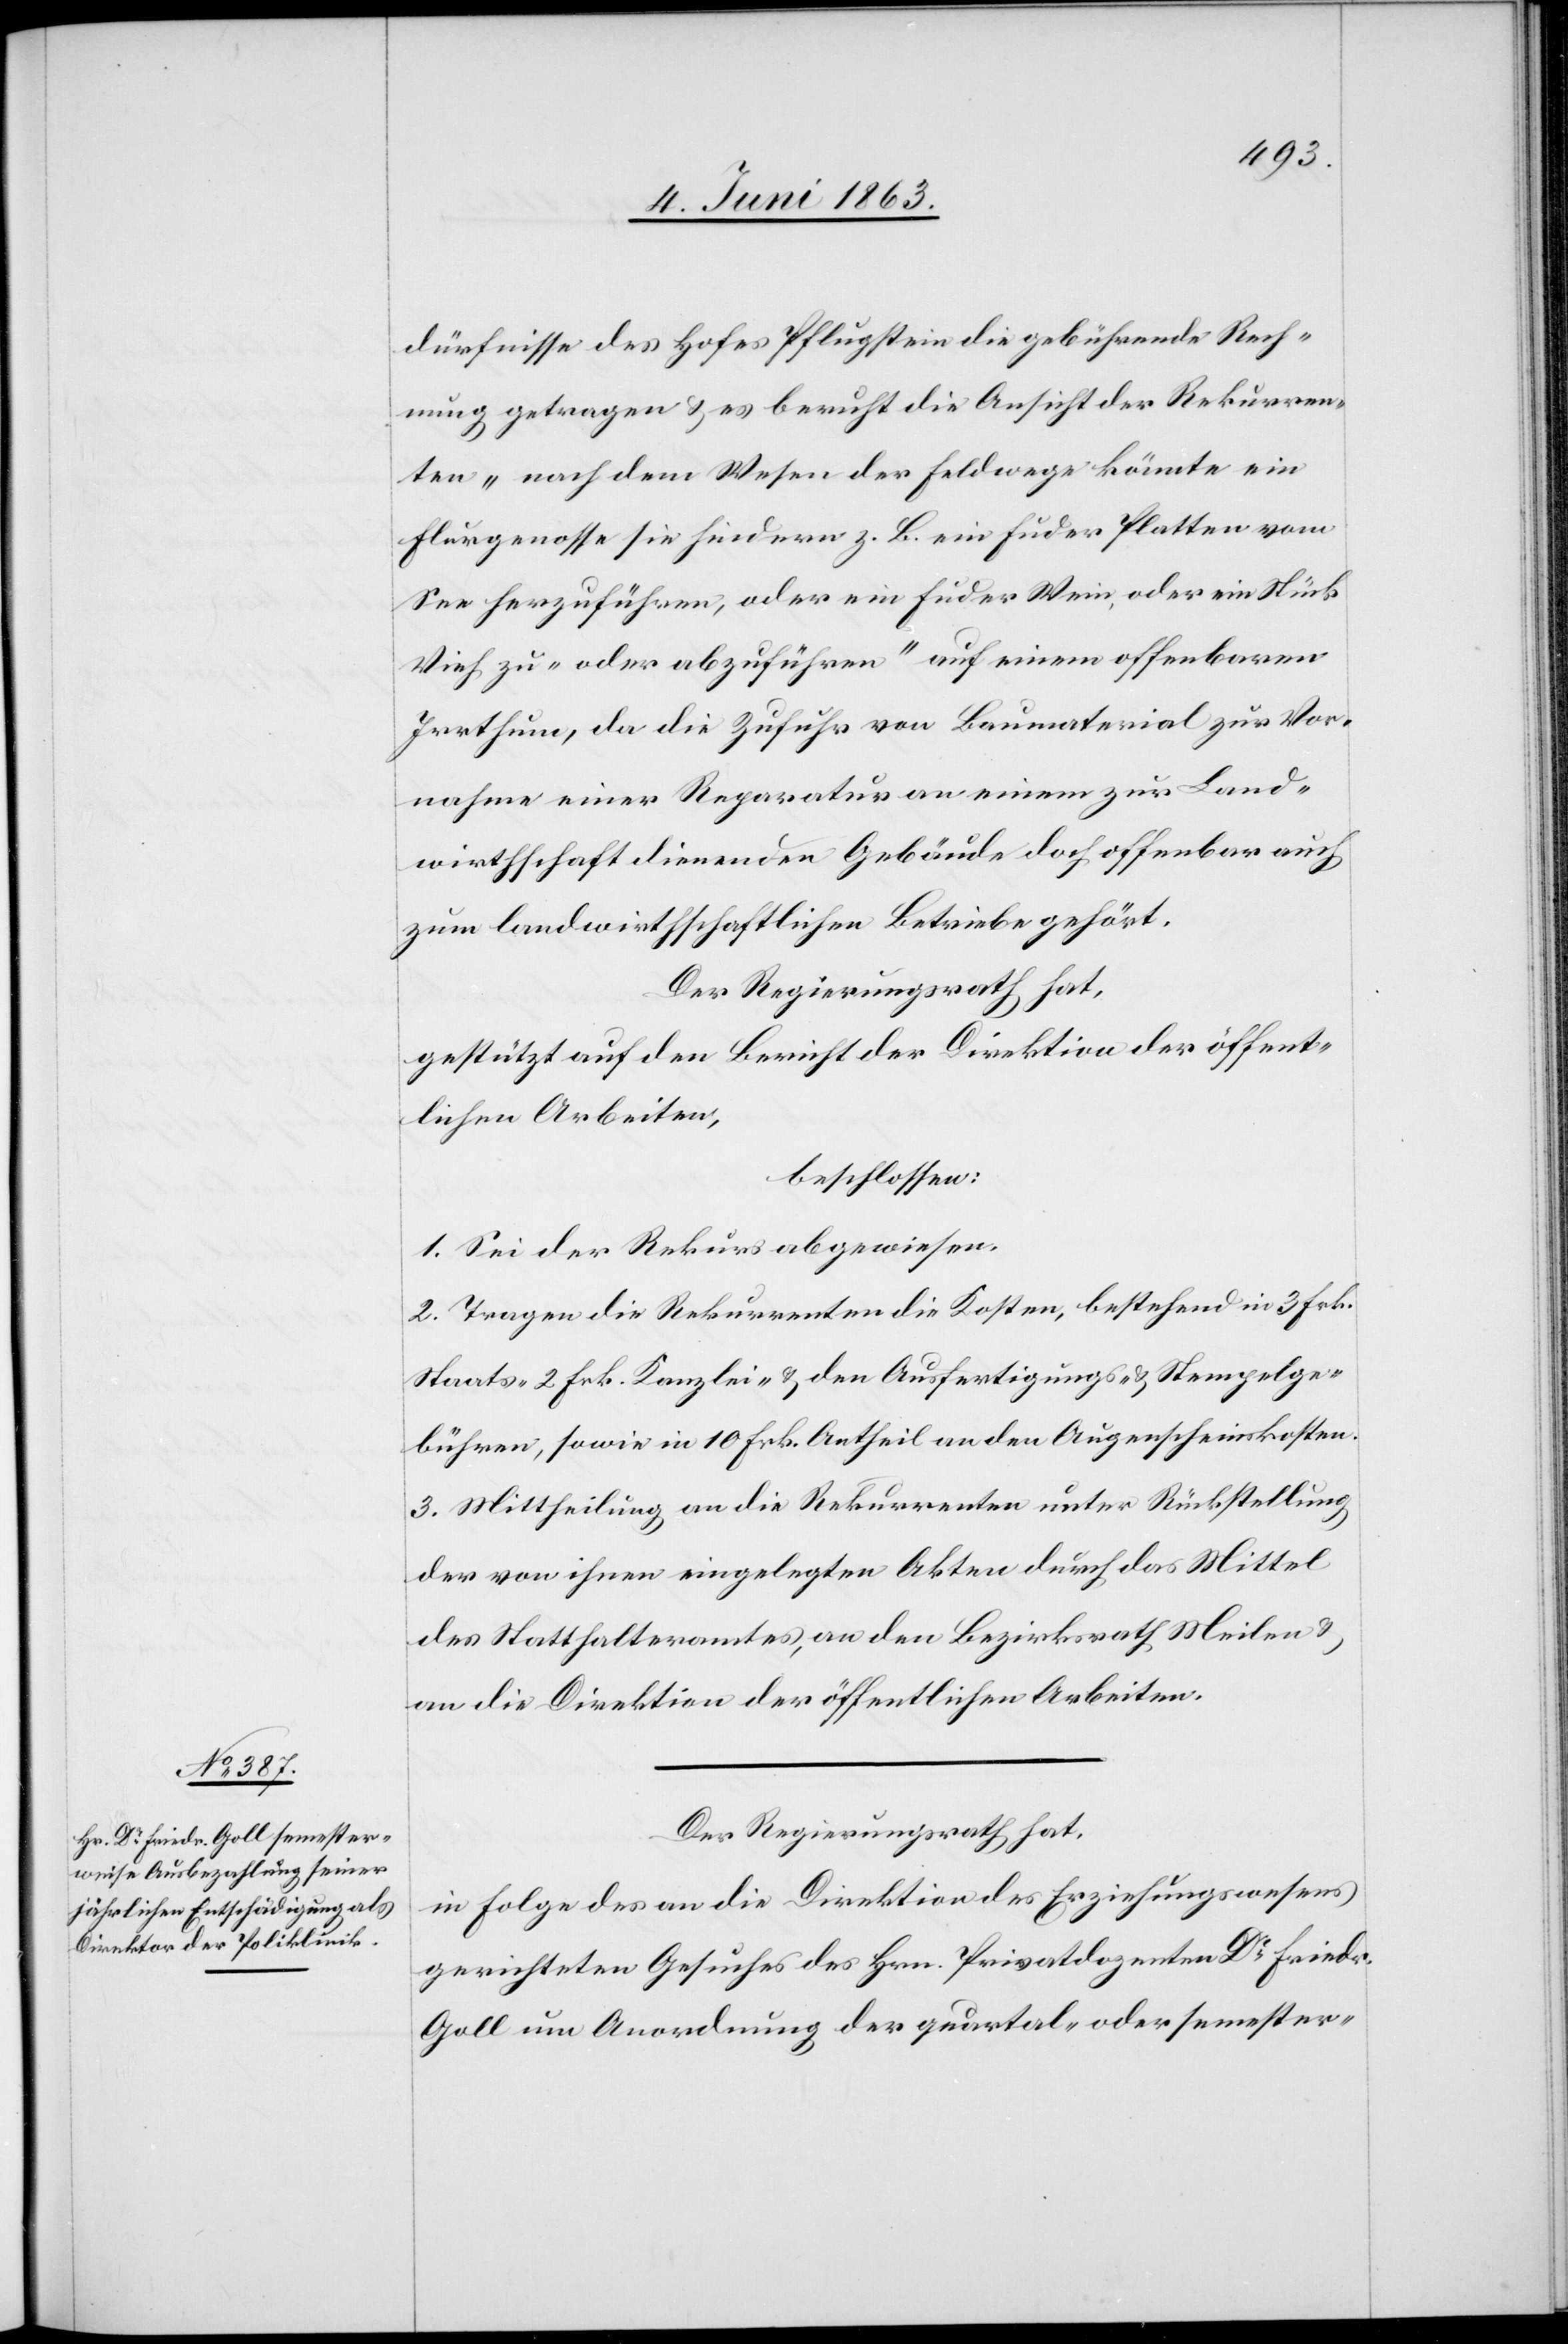
dürfnisse des Hofes Pflugstein die gebührende Rech¬
nung getragen & es beruht die Ansicht der Rekurren¬
ten „nach dem Wesen der Feldwege könnte ein
Flurgenosse sie hindern z. B. ein Fuder Platten vom
See herzuführen, oder ein Fuder Wein, oder ein Stück
Vieh zu- oder abzuführen“ auf einem offenbaren
Irrthum, da die Zufuhr von Baumaterial zur Vor¬
nahme einer Reparatur an einem zur Land¬
wirthschaft dienenden Gebäude doch offenbar auch
zum landwirthschaftlichen Betriebe gehört.
Der Regierungsrath hat,
gestützt auf den Bericht der Direktion der öffent¬
lichen Arbeiten,
beschlossen:
1. Sei der Rekurs abgewiesen.
2. Tragen die Rekurrenten die Kosten, bestehend in 3 Frk.
Staats-[,] 2 Frk. Kanzlei- & den Ausfertigungs- & Stempelge¬
bühren, sowie in 10 Frk. Antheil an den Augenscheinskosten.
3. Mittheilung an die Rekurrenten unter Rückstellung
der von ihnen eingelegten Akten durch das Mittel
des Statthalteramtes, an den Bezirksrath Meilen &
an die Direktion der öffentlichen Arbeiten.
Der Regierungsrath hat,
in Folge des an die Direktion des Erziehungswesens
gerichteten Gesuches des Hrn. Privatdozenten Dr Friedr.
Goll um Anordnung der quartal- oder semester-